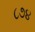
૮૭૪